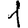
Digit: 1